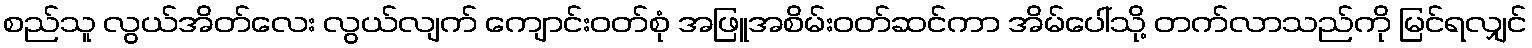
စည်သူ လွယ်အိတ်လေး လွယ်လျက် ကျောင်းဝတ်စုံ အဖြူအစိမ်းဝတ်ဆင်ကာ အိမ်ပေါ်သို့ တက်လာသည်ကို မြင်ရလျှင်